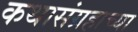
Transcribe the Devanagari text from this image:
कथासंग्रहाच्या